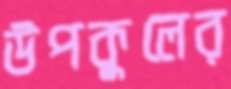
উপকুলের